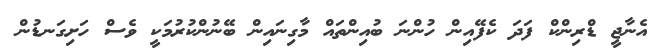
އެނާޖީ ޑްރިންކް ފަދަ ކެފޭއިން ހުންނަ ބުއިންތައް މާގިނައިން ބޭނުންކުރުމަކީ ވެސް ހަށިގަނޑުން